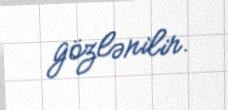
gözlənilir.